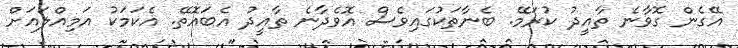
އޭގެން ގޮވާނެ ތާއީދު ކުރަމޭ. ބެނާތަކުގައިވެސް އޮވެދާނެ ތާއީދު އެބައޮތޭ. އެކަމަކު އަމިއްލައަށް